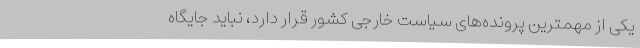
یکی از مهمترین پرونده‌های سیاست خارجی کشور قرار دارد، نباید جایگاه